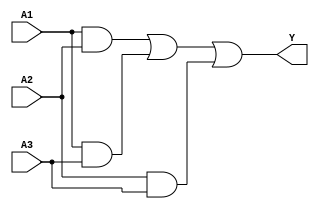
module sop_simplification (
    input wire A1,  // Input A1
    input wire A2,  // Input A2
    input wire A3,  // Input A3
    output wire Y   // Output Y
);

// Intermediate signals for product terms
wire term1; // A1 AND A2
wire term2; // A1 AND A3
wire term3; // A2 AND A3

// AND gates for product terms
assign term1 = A1 & A2; // Product term A1A2
assign term2 = A1 & A3; // Product term A1A3
assign term3 = A2 & A3; // Product term A2A3

// OR gate to combine product terms
assign Y = term1 | term2 | term3; // Final output Y = A1A2 + A1A3 + A2A3

endmodule